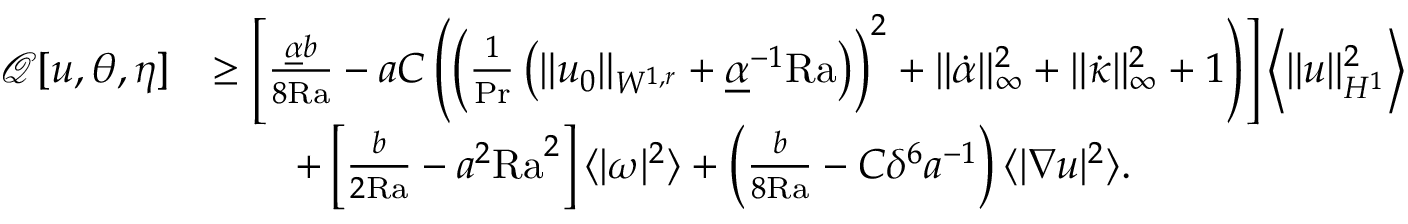
\begin{array} { r l } { \mathcal { Q } [ u , \theta , \eta ] } & { \geq \left[ \frac { \underline { { \alpha } } b } { 8 \mathrm { { R a } } } - a C \left( \left( \frac { 1 } { \mathrm { P r } } \left( \| u _ { 0 } \| _ { W ^ { 1 , r } } + \underline { { \alpha } } ^ { - 1 } \mathrm { { R a } } \right) \right) ^ { 2 } + \| \dot { \alpha } \| _ { \infty } ^ { 2 } + \| \dot { \kappa } \| _ { \infty } ^ { 2 } + 1 \right) \right] \left\langle \| u \| _ { H ^ { 1 } } ^ { 2 } \right\rangle } \\ & { \qquad + \left[ \frac { b } { 2 { \mathrm { R a } } } - a ^ { 2 } \mathrm { { R a } } ^ { 2 } \right] \langle | \omega | ^ { 2 } \rangle + \left( \frac { b } { 8 { \mathrm { R a } } } - C \delta ^ { 6 } a ^ { - 1 } \right) \langle | \nabla u | ^ { 2 } \rangle . } \end{array}